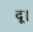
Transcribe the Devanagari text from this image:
दू।